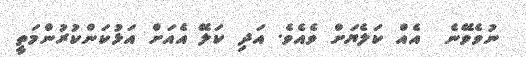
ނުވެވޭނެ  އެއް ކަލެޔަށް ވެއެވެ. އަދި ކަލޭ އެއަށް އަޅުކަންކުރުންމަތީ